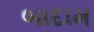
બાદામ